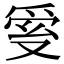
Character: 𤔐